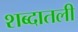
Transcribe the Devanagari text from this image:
शब्दातली